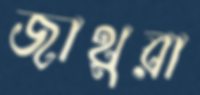
জাথুরা